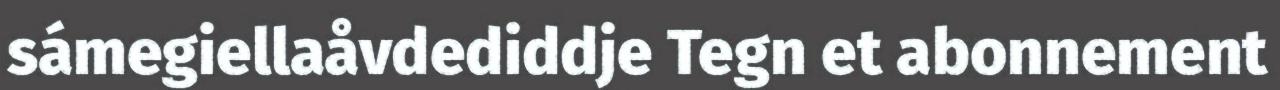
sámegiellaåvdediddje Tegn et abonnement